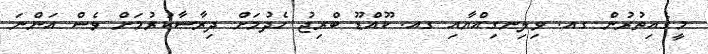
މީގެއިތުރުން ގއ. ވިލިނގިއްޔާއި ގއ. ކޫއްޑޫ ބްރިޖު ހެދުމަށް ދިރާސާކުރުމަށް ވެސް އަންނަ